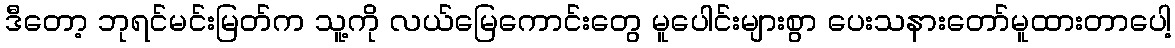
ဒီတော့ ဘုရင်မင်းမြတ်က သူ့ကို လယ်မြေကောင်းတွေ မူပေါင်းများစွာ ပေးသနားတော်မူထားတာပေါ့